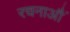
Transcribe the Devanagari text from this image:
रचनाऔं